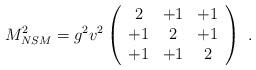
LaTeX: \begin{align*} M_{NSM}^2 =g^2 v^2 \left(\begin{array}{ccc} 2 & +1 & +1 \\ +1 & 2 & +1 \\ +1 & +1 & 2 \\ \end{array} \right)~.~\,\end{align*}